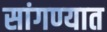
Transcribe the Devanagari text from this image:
सांगण्‍यात